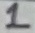
Text: 1